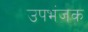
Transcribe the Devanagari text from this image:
उपभंजक